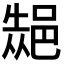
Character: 𮟾